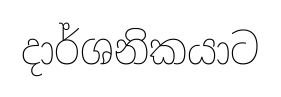
දාර්ශනිකයාට